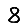
Digit: 8